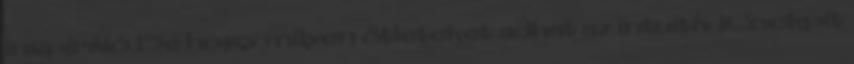
inspiráló De hogy milyen ötleteket adhat az intuitív iCockpit